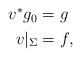
LaTeX: \begin{align*}\begin{aligned}v^*g_0 & = g\\v|_\Sigma & = f,\end{aligned}\end{align*}